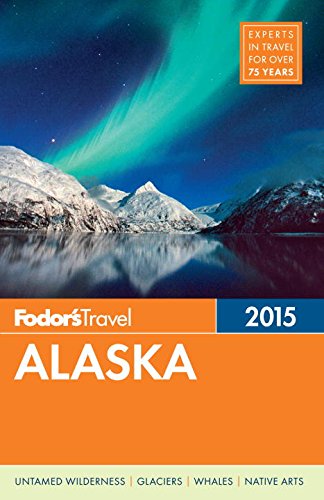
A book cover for Fodor's Alaska 2015 (Full-color Travel Guide); Fodor's; Travel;